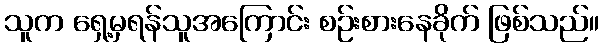
သူက ရှေ့မှရန်သူအကြောင်း စဉ်းစားနေခိုက် ဖြစ်သည်။